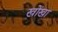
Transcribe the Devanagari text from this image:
खोंखा